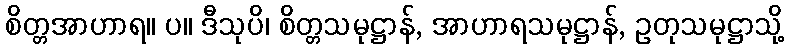
စိတ္တအာဟာရ။ ပ။ ဒီသုပိ၊ စိတ္တသမုဋ္ဌာန်, အာဟာရသမုဋ္ဌာန်, ဥတုသမုဋ္ဌာသို့